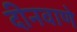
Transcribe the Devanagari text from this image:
दीनवाणे